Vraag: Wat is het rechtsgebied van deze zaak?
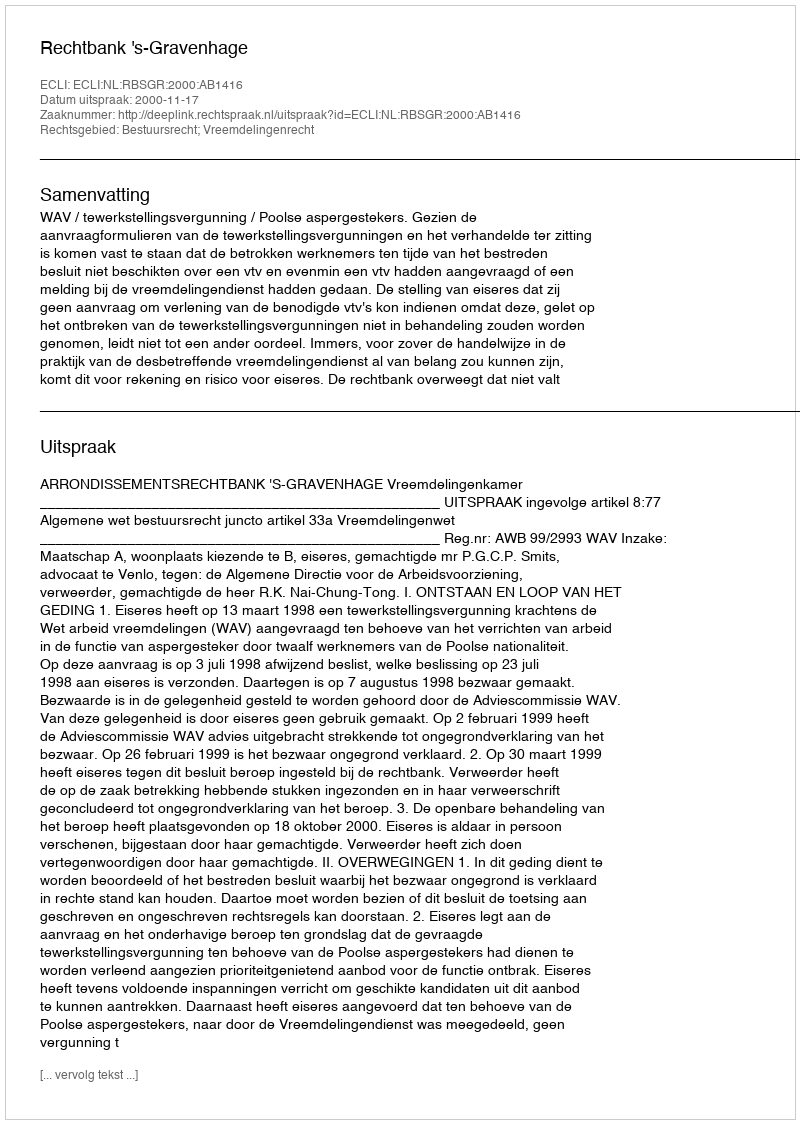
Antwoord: Bestuursrecht; Vreemdelingenrecht